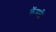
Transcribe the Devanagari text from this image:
क्रॅमरी